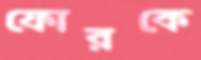
ফোরকে